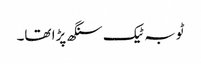
ٹوبہ ٹیک سنگھ پڑا تھا۔